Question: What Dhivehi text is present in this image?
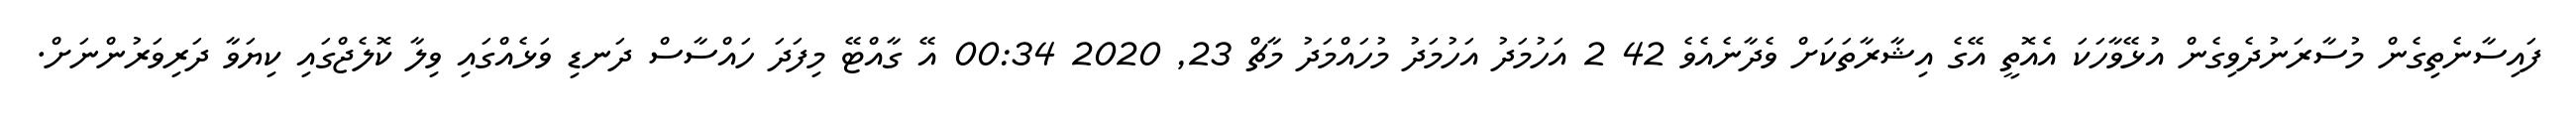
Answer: ފައިސާނެތިގެން މުސާރަނުދެވިގެން އުޅޭވާހަކަ އެއޮތީ އޭގެ އިޝާރާތަކަށް ވެދާނެއެވެ 42 2 އަހުމަދު އަހުމަދު މުހައްމަދު މާޗް 23, 2020 00:34 އޭ ގާއްޓޭ މިފަދަ ހައްސާސް ދަނޑި ވަޅެއްގައި ވިލާ ކޮލެޖްގައި ކިޔަވާ ދަރިވަރުންނަށް.